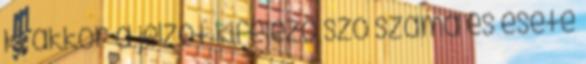
ki, akkor a jelzőt kifejező szó száma és esete